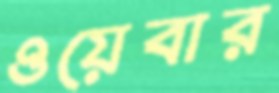
ওয়েবার